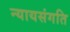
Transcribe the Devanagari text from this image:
न्यायसंगति